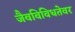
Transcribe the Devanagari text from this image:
जैवविविधतेवर